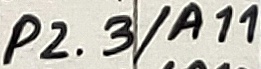
Text: P2.3/A11